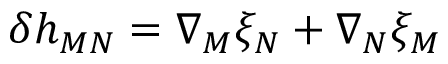
\delta h _ { M N } = \nabla _ { M } \xi _ { N } + \nabla _ { N } \xi _ { M }